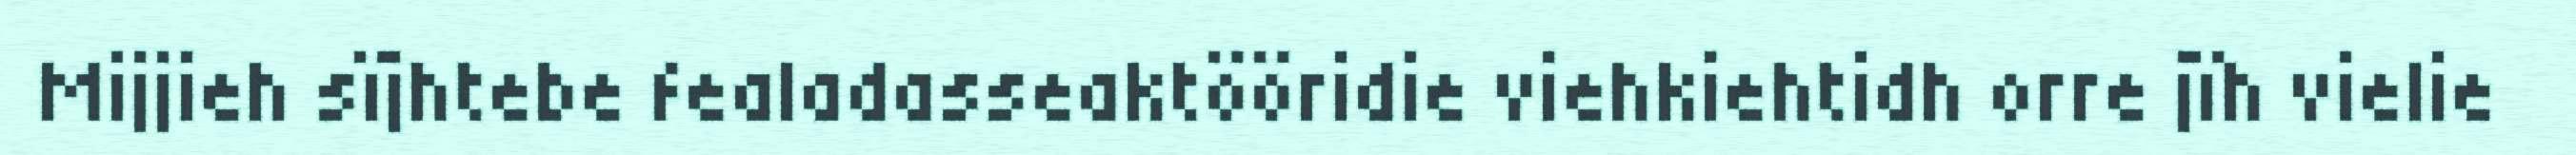
Mijjieh sïjhtebe fealadasseaktööridie viehkiehtidh orre jïh vielie